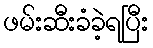
ဖမ်းဆီးခံခဲ့ရပြီး